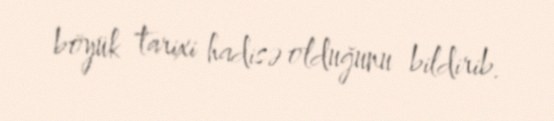
böyük tarixi hadisə olduğunu bildirib.